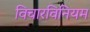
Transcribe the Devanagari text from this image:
विचारविनियम